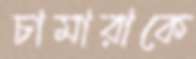
চামারাকে